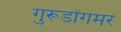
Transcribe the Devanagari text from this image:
गुरूडोंगमर